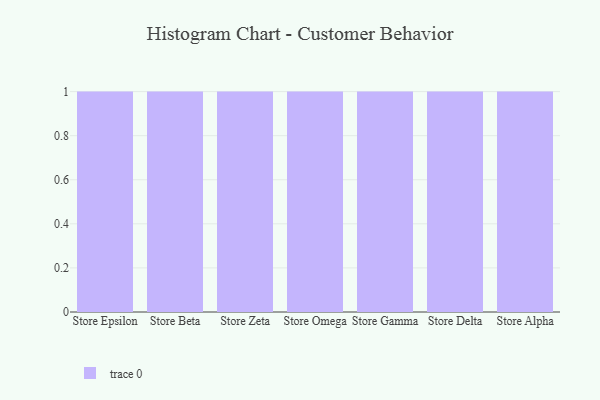
{"axis": {"x": "Store", "y": "Net Income (USD K)"}, "legend": [""], "data": [{"x": "Store Epsilon", "y": 66, "type": ""}, {"x": "Store Beta", "y": 72, "type": ""}, {"x": "Store Zeta", "y": 62, "type": ""}, {"x": "Store Omega", "y": 82, "type": ""}, {"x": "Store Gamma", "y": 15, "type": ""}, {"x": "Store Delta", "y": 14, "type": ""}, {"x": "Store Alpha", "y": 31, "type": ""}]}